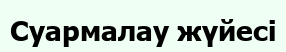
Суармалау жүйесі